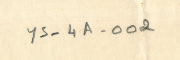
YS-4A-002